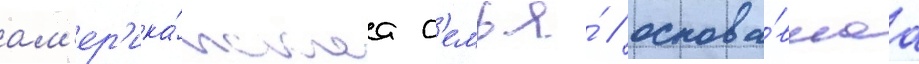
ам'ер'ика́нскаа с'емья́ / основа́вшаа